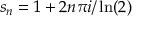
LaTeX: s _ { n } = 1 + 2 n \pi i / \ln ( 2 )